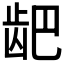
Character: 𫜨